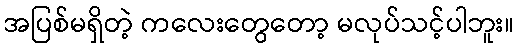
အပြစ်မရှိတဲ့ ကလေးတွေတော့ မလုပ်သင့်ပါဘူး။